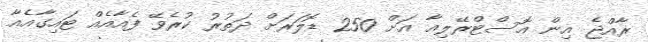
ރާއްޖެ އިން އޮސްޓްރޭލިއާ އަށް 250 ޑޮލަރަށް ދަތުރު ކުރެވޭ ފެއާއެއް ޓައިގާއެއާ